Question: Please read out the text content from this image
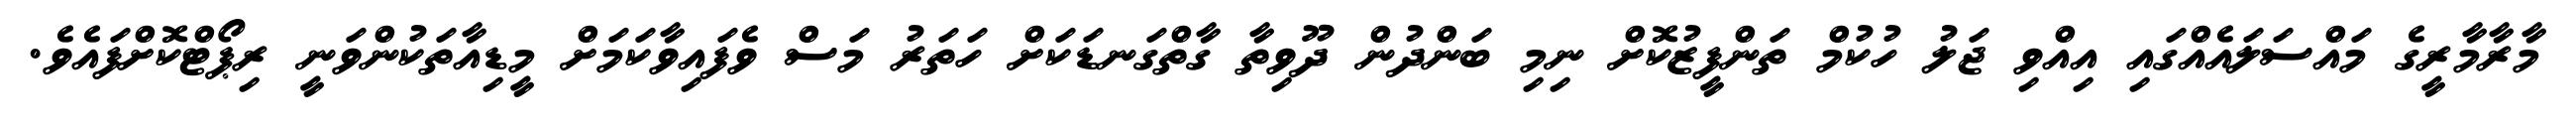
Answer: މާރާމާރީގެ މައްސަލައެއްގައި އިއްވި ޖަލު ހުކުމް ތަންފީޒުކޮށް ނިމި ބަންދުން ދޫވިތާ ގާތްގަނޑަކަށް ހަތަރު މަސް ވެފައިވާކަމަށް މީޑިއާތަކުންވަނީ ރިޕޯޓްކޮށްފައެވެ.